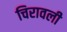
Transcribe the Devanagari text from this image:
चिरावली